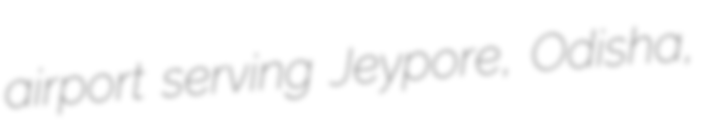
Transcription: airport serving Jeypore, Odisha,